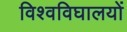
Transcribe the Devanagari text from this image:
विश्वविघालयों